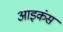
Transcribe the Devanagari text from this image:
आइकंस